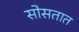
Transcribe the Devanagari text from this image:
सोसतात